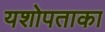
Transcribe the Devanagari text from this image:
यशोपताका